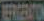
ERGENTON